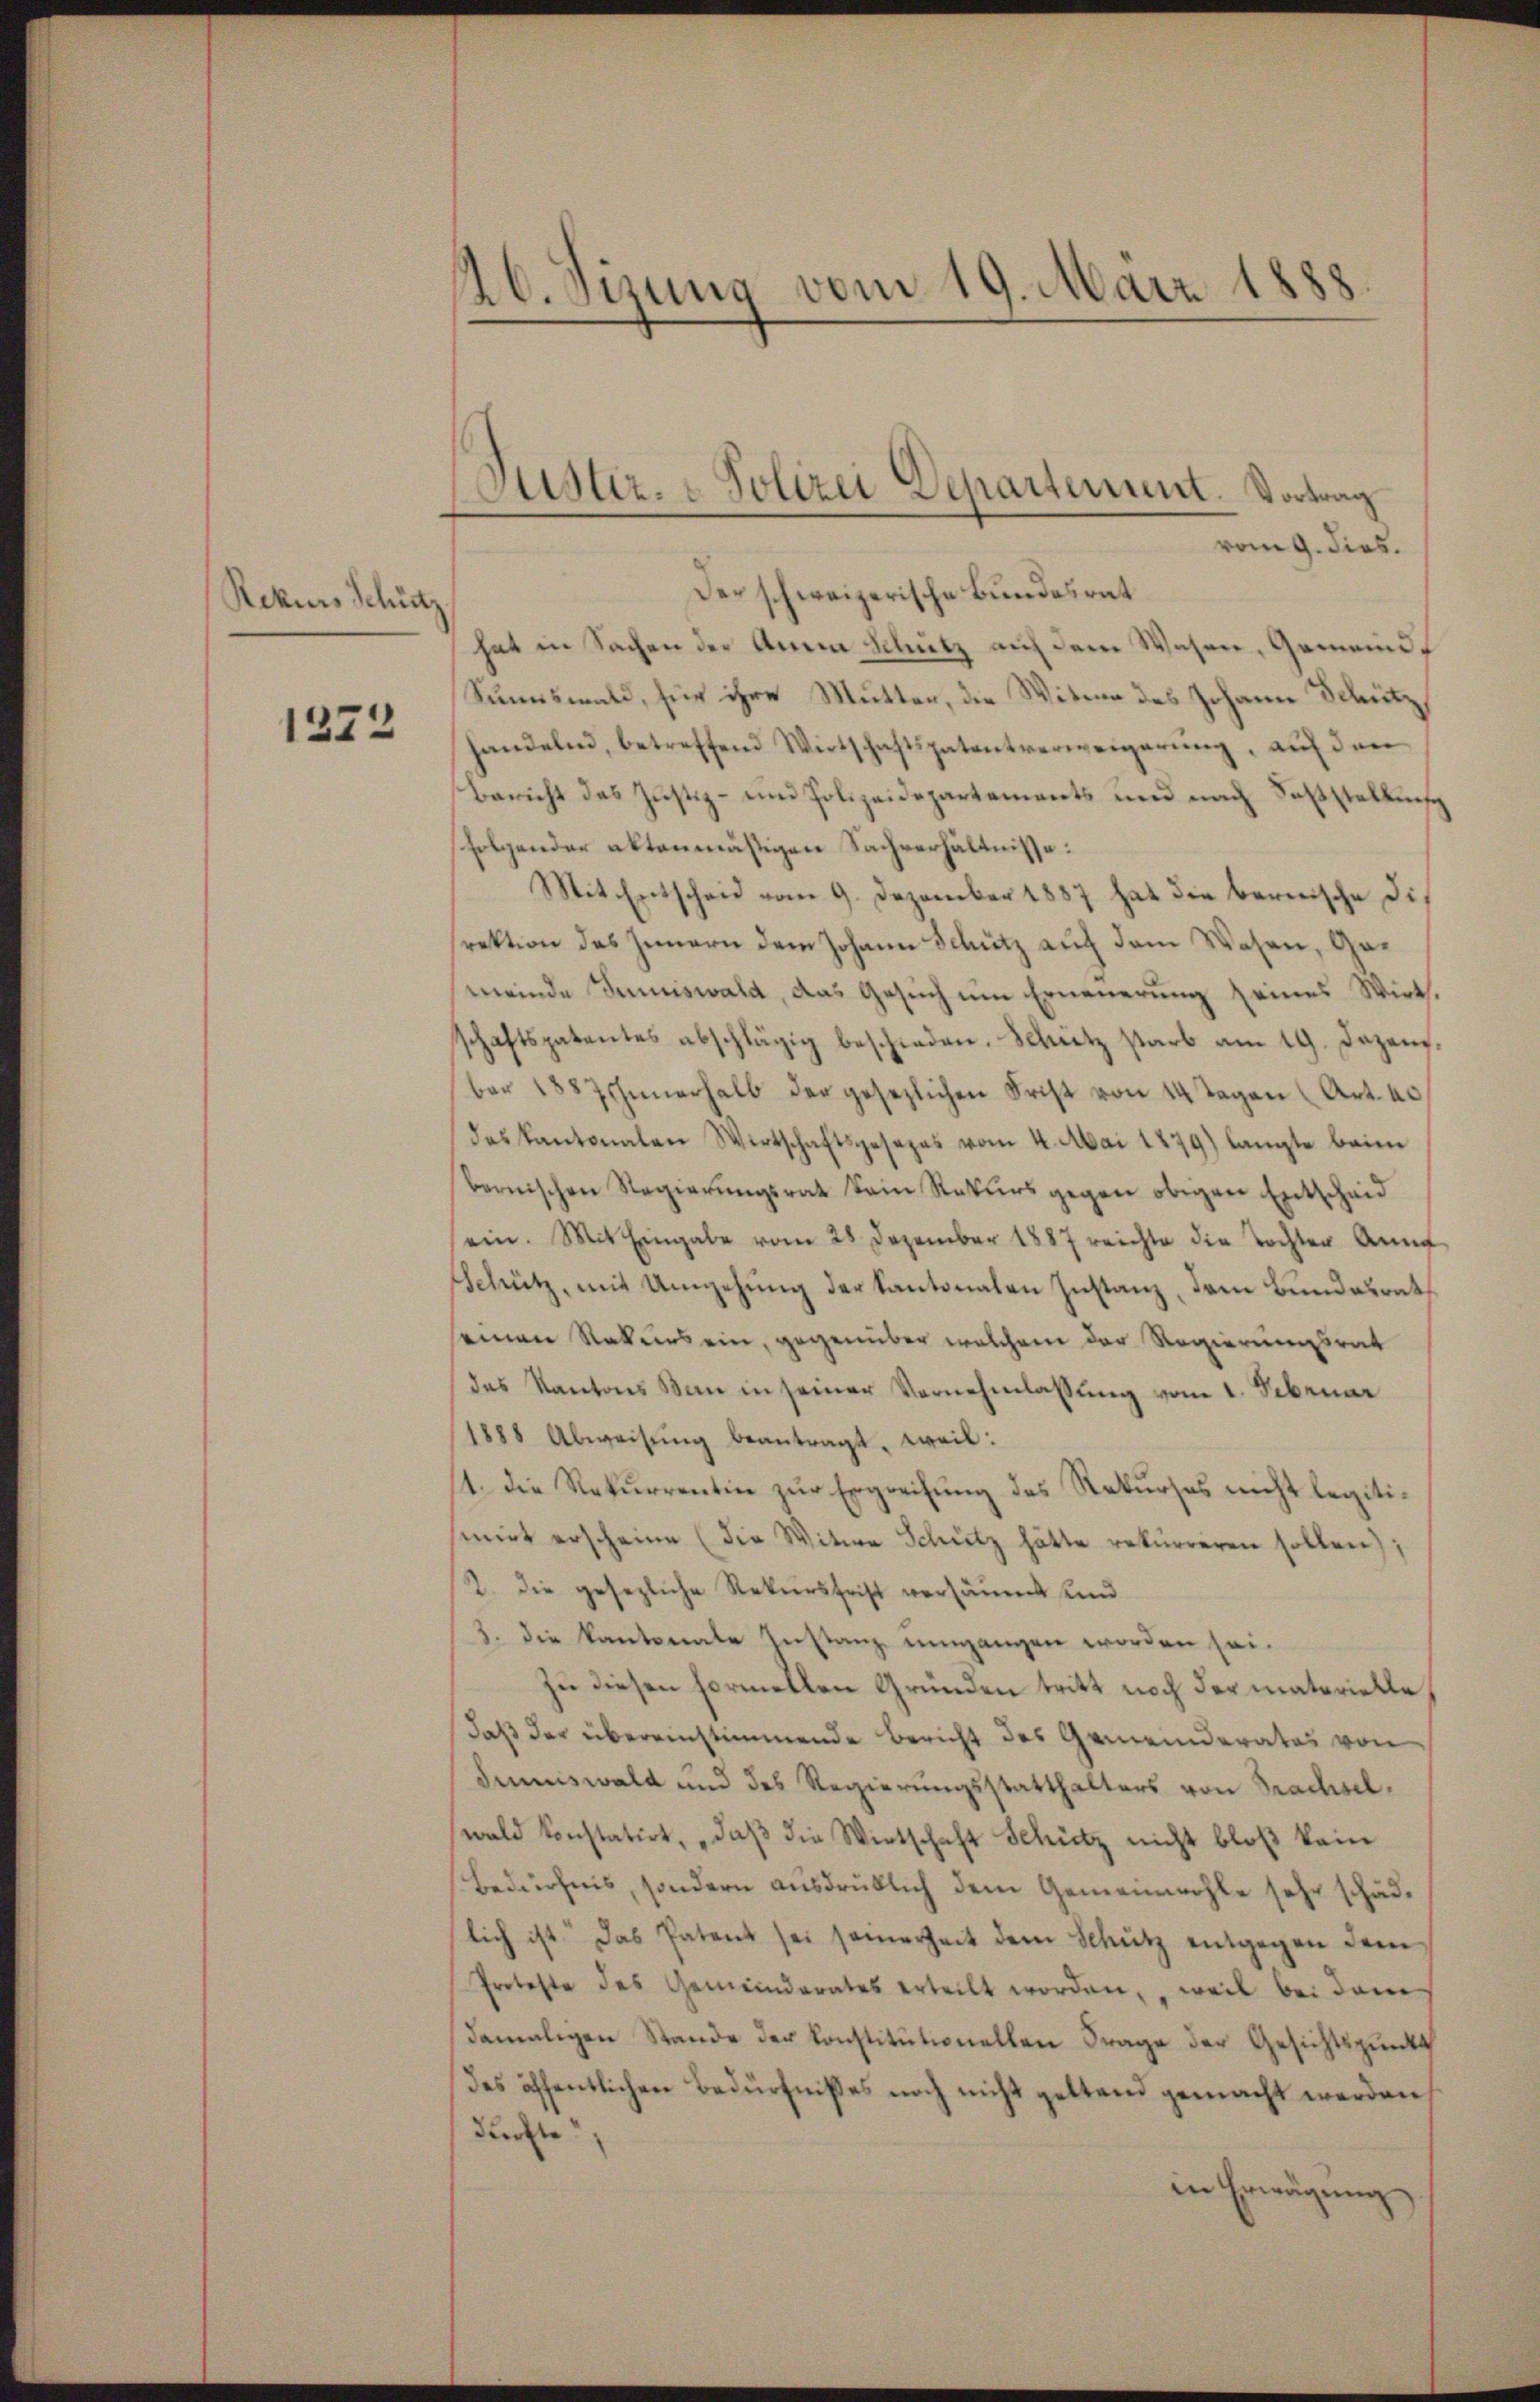
Rekurs Schütz

1372

26. Sizung vom 19. März 1888.

vom 9. dies.
Der schweizerische Bundesrat
hat in Sachen der Annen Schutz auf dem Wesen, Gemeind¬
Sunnswald, für ihre Mutter, die Witwe des Johann Schinz
handelnd, betreffend Wirtschaftspatentverweigerŭng, aŭf den
Bericht des Justiz- und Polizeidepartements und nach Fasstellung
folgender aktenmäßigen Sachverhältnisse:
Mit Entscheid vom 9. Dezember 1887 hat die bernische dis
rektion des Innern dem Johann Schütz auf dem Wesen, Gemeinde Juniswald, das Gesuch um Erneuerung seines Wirthschaftspatentes abschlägig beschieden. Schütz starb am 19. Dezem-
ber 188 Innerhalb der gesezlichen Frist von 14 Tagen (Art. 40.
das Kantonalen Wirtschaftsgesezes vom 4. Mai 1879) langte beim
bernischen Regierŭngsrat kein Rekŭrs gegen obigen Entscheid
ein. Mit Eingabe vom 28. Dezember 1887 reichte die Tochter Anna
Schütz, mit Umgehung der Kantonalen Instanz, dem Bundesrath
einen Rekurs ein, gegenüber welchem der Regierungsrat
des Kantons San in seiner Vernehmlassŭng vom 1. Februar
1888 Abweisŭng beantragt, weil:
1. Die Rekurrentin zur Ergreifung des Rekurses nicht legitisinirt erscheine (die Witwe Schütz hätte rekurreren sollen);
2. die gesezliche Rekursfrist versäumt und
3. die kantonale Instanz umgangen worden sei.
zu diesen formellen Gründen tritt noch der materielle
daß der übereinstimmende Bericht des Gemeinderates von
Sumiswald und des Regierŭngsstatthalters von Prachsel.
wald konstatirt, daβ die Wirtschaft Schütz nicht bloß kein
Bedürfnis, sondern ausdrüklich dem Gemeinwohle sehr schädlich ist. Das Patent sei seinerheit dem Schütz entgegen dem
Proteste des Gemeinderates erteilt worden, weil bei dem
damaligen Stande der konstitutionellen Frage der Gesichtspunkt
Des öffentlichen Bedürfnißes noch nicht gestand gemacht werden,
durfte
in Erwägung

Justiz- & Polizei Departement. Vortrag